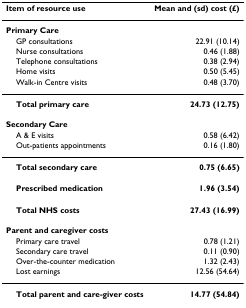
<table><thead><tr><td><b>Item of resource use</b></td><td><b>Mean and (sd) cost (£)</b></td></tr></thead><tbody><tr><td><b>Primary Care</b></td><td></td></tr><tr><td> GP consultations</td><td>22.91 (10.14)</td></tr><tr><td> Nurse consultations</td><td>0.46 (1.88)</td></tr><tr><td> Telephone consultations</td><td>0.38 (2.94)</td></tr><tr><td> Home visits</td><td>0.50 (5.45)</td></tr><tr><td> Walk-in Centre visits</td><td>0.48 (3.70)</td></tr><tr><td> <b>Total primary care</b></td><td><b>24.73 (12.75)</b></td></tr><tr><td><b>Secondary Care</b></td><td></td></tr><tr><td> A &amp; E visits</td><td>0.58 (6.42)</td></tr><tr><td> Out-patients appointments</td><td>0.16 (1.80)</td></tr><tr><td> <b>Total secondary care</b></td><td><b>0.75 (6.65)</b></td></tr><tr><td> <b>Prescribed medication</b></td><td><b>1.96 (3.54)</b></td></tr><tr><td> <b>Total NHS costs</b></td><td><b>27.43 (16.99)</b></td></tr><tr><td><b>Parent and caregiver costs</b></td><td></td></tr><tr><td> Primary care travel</td><td>0.78 (1.21)</td></tr><tr><td> Secondary care travel</td><td>0.11 (0.90)</td></tr><tr><td> Over-the-counter medication</td><td>1.32 (2.43)</td></tr><tr><td> Lost earnings</td><td>12.56 (54.64)</td></tr><tr><td> <b>Total parent and care-giver costs</b></td><td><b>14.77 (54.84)</b></td></tr></tbody></table>